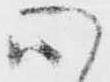
心